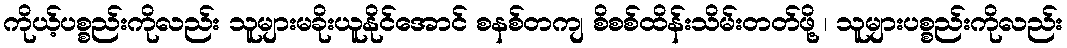
ကိုယ့်ပစ္စည်းကိုလည်း သူများမခိုးယူနိုင်အောင် စနစ်တကျ စိစစ်ထိန်းသိမ်းတတ်ဖို့ ၊ သူများပစ္စည်းကိုလည်း